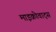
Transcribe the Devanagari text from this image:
माइक्रोवाट्स